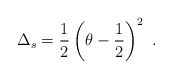
\begin{align*}\Delta_s = {1\over 2}\left (\theta- {1\over 2} \right )^2\ .\end{align*}